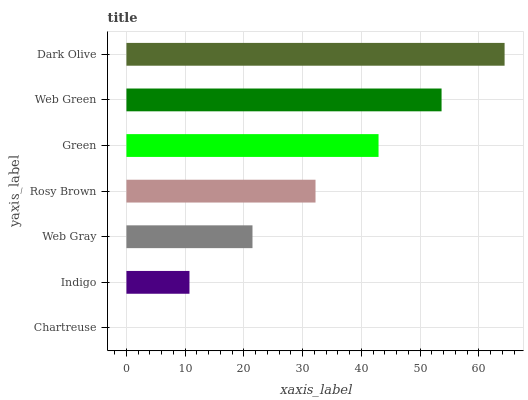
| yaxis_label | bars |
 | --- | --- |
 | Chartreuse | 0 |
 | Indigo | 10.7 |
 | Web Gray | 21.5 |
 | Rosy Brown | 32.2 |
 | Green | 42.9 |
 | Web Green | 53.7 |
 | Dark Olive | 64.4 |